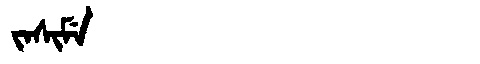
Manchu: ᠵᠠᠰᡳᠮᡝ
Romanization: JASIME